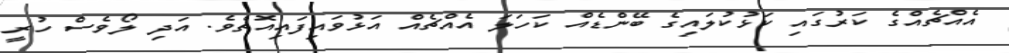
އެއްޗެއްގެ ކަރުގައި ކަޅުކުލައިގެ ބޭންޑެއް ކަހަލަ އެއްޗެއް އަޅުވައިފައިއޮތެވެ. އަދި ލޯވެސް ހުރީ